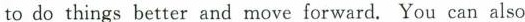
to do things better and move forward. You can also